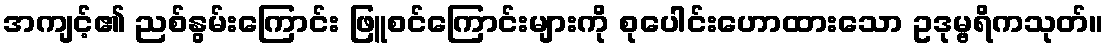
အကျင့်၏ ညစ်နွမ်းကြောင်း ဖြူစင်ကြောင်းများကို စုပေါင်းဟောထားသော ဥဒုမ္ဗရိကသုတ်။